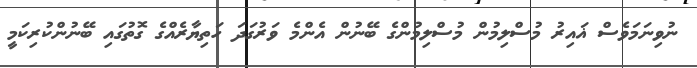
ނުވިނަމަވެސް ޣައިރު މުސްލިމުން މުސްލިމުންގެ ބޭނުން އެންމެ ވަރުގަދަ ހަތިޔާރެއްގެ ގޮތުގައި ބޭނުންކުރިކަމީ